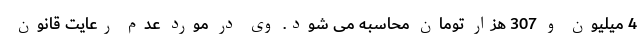
4 میلیون و 307 هزار تومان محاسبه می شود. وی در مورد عدم رعایت قانون